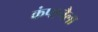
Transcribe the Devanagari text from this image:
कंपानैला